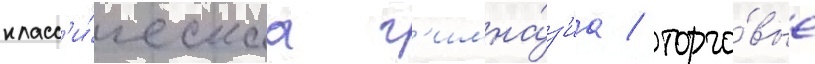
класс'и́ческаа г'имна́з'иа / торго́вые